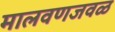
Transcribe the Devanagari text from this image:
मालवणजवळ